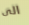
الى